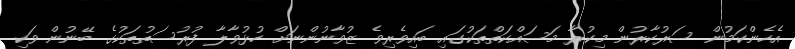
އެހެންކަމުން ސަރުކާރުން މިކުރާ މަސައްކަތްތަކުގައި ބައިވެރިވެ ޒުވާނުންނަށް ހުޅުވާލާ ފުރުސަތުތަކުގެ ބޭނުން ވަކި